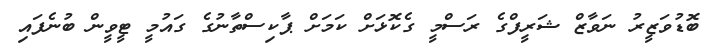
ބޮޑުވަޒީރު ނަވާޒް ޝަރީފްގެ ރަސްމީ ގެކޮޅަށް ކަމަށް ޕާކިސްތާނުގެ ގައުމީ ޓީވީން ބުނެފައި